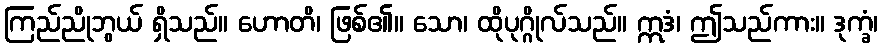
ကြည်ညိုဘွယ် ရှိသည်။ ဟောတိ၊ ဖြစ်၏။ သော၊ ထိုပုဂ္ဂိုလ်သည်။ ဣဒံ၊ ဤသည်ကား။ ဒုက္ခံ၊